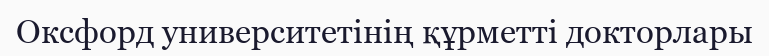
Оксфорд университетінің құрметті докторлары